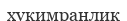
хукимранлик